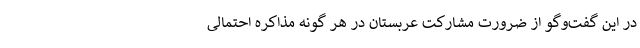
در این گفت‌وگو از ضرورت مشارکت عربستان در هر گونه مذاکره احتمالی